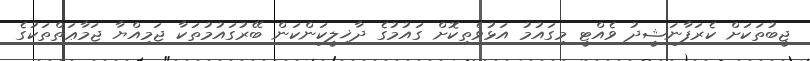
ޖީބުތަކަށް ކެރަފާނަޝީދު ވެއްޓީ މިގައުމު އަޅުވެތިކޮށް ގައުމުގެ ދާޚިލީކަންކަން ބޭރުގައުމުތަކާ ޖަމިއްޔާ ޖަމާޢަތްތަކުގެ